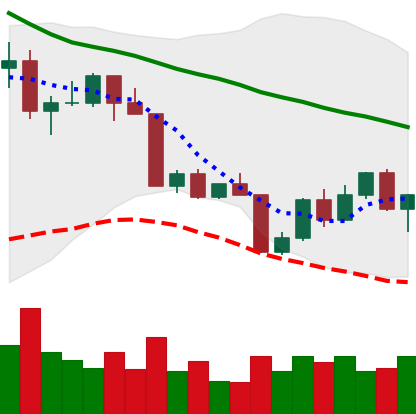
Ticker: LTC-USD
Chart end date: 2022-04-18
Forward return: -5.144%
Label: down_5_7